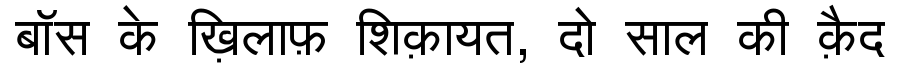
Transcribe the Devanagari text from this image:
बॉस के ख़िलाफ़ शिक़ायत, दो साल की क़ैद